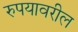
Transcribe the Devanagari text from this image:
रुपयावरील